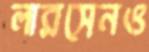
লারসেনও